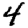
Digit: 4